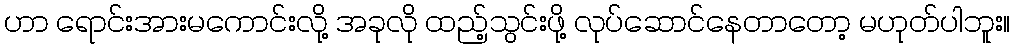
ဟာ ရောင်းအားမကောင်းလို့ အခုလို ထည့်သွင်းဖို့ လုပ်ဆောင်နေတာတော့ မဟုတ်ပါဘူး။